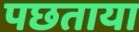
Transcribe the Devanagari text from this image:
पछताया